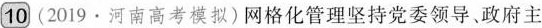
10(2019·河南高考模拟)网格化管理坚持党委领导。政府主